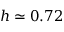
h \simeq 0 . 7 2